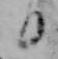
日